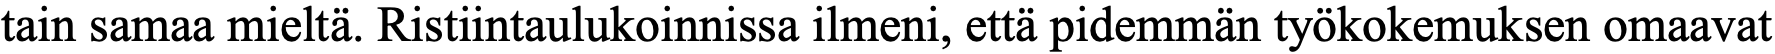
tain samaa mieltä. Ristiintaulukoinnissa ilmeni, että pidemmän työkokemuksen omaavat